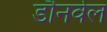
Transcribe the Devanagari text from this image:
डौनवेल